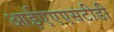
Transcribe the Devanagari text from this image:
आईएएएसटीडी